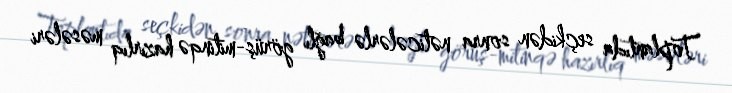
Toplantıda seçkidən sonra nəticələrlə bağlı görüş-mitinqə hazırlıq məsələri